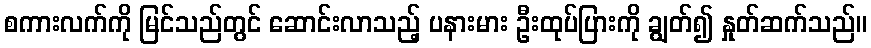
စကားလက်ကို မြင်သည်တွင် ဆောင်းလာသည့် ပနားမား ဦးထုပ်ပြားကို ချွတ်၍ နှုတ်ဆက်သည်။